Annual report on the mental hospital in the Central Provinces and Berar (Nagpur) - 1927-1951
Year: 1927
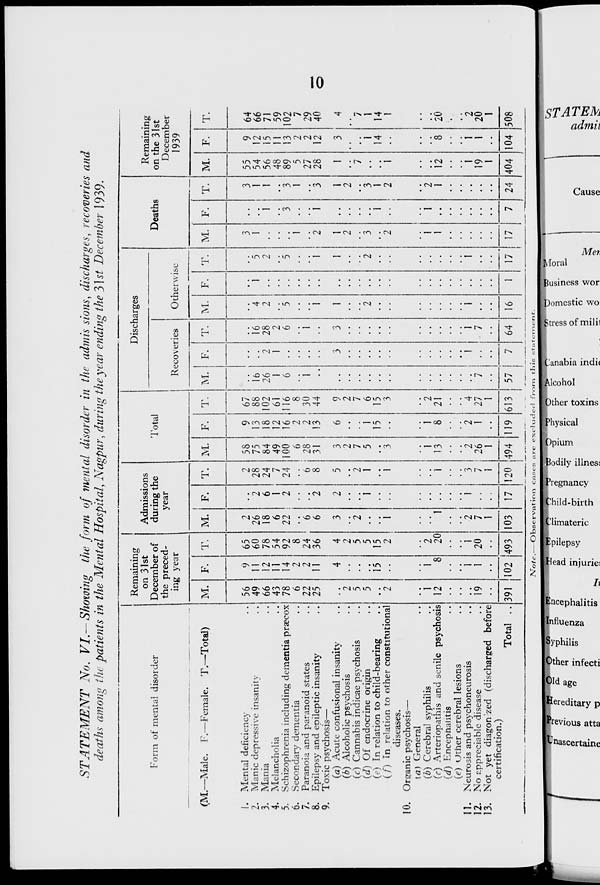
10
STATEMENT
No. VI.— Showing the form of mental disorder in the admissions, discharges, recoveries and
deaths among the patients in the Mental Hospital, Nagpur, during the year ending the 31st December 1939.
Form of mental disorder
(M.—Male. F.—Female. T.—Total)
1. Mental deficiency ..
2. Manic depressive insanity ..
3. Mania ..
4. Melancholia ..
5. Schizophrenia including dementia præcox
6. Secondary dementia ..
7. Paranoia and paranoid states ..
8. Epilepsy and epileptic insanity ..
9. Toxic psychosis—
(a) Acute confusional insanity ..
(b) Alcoholic psychosis ..
(c) Cannabis indicae psychosis ..
(d) Of endocrine origin ..
(e) In relation to child-bearing ..
( f) In relation to other constitutional ..
diseases.
10. Organic psychosis—
(a) General ..
(b) Cerebral syphilis ..
(c) Arteriopathis and senile psychosis
(d) Encephalitis ..
(e) Other cerebral lesions ..
11.Neurosis and psychoneurosis ..
12.No appreciable disease ..
13.Not yet diagonzed (discharged before
certification.)
Total ..
Remaining
on 31st
December of
the preced-
ing year
M.
56
49
66
43
78
6
22
25
..
2
5
5
..
2
..
1
12
..
..
..
19
..
391
F.
9
11
12
11
14
2
2
11
4
..
..
..
15
..
..
1
8
..
..
1
1
..
102
T.
65
60
78
54
92
8
24
36
4
2
5
5
15
2
..
2
20
..
..
1
20
..
493
Admissions
during the
year
M.
2
26
18
6
22
..
6
6
3
..
2
..
..
1
..
..
1
..
..
2
7
1
103
F.
..
2
6
1
2
..
..
2
2
..
..
1
..
..
..
..
..
..
..
1
..
..
17
T.
2
28
24
7
24
..
6
8
5
..
2
1
..
1
..
..
1
..
..
3
7
1
120
Total
M.
58
75
84
49
100
6
28
31
3
2
7
5
..
3
..
1
13
..
..
2
26
1
494
F.
9
13
18
12
16
2
2
13
6
..
..
1
15
..
..
1
8
..
..
2
1
..
119
T.
67
88
102
61
116
8
30
44
9
2
7
6
15
3
..
2
21
..
..
4
27
1
613
Discharges
Recoveries
M.
..
16
26
1
6
..
1
..
..
..
..
..
..
..
..
..
..
..
..
..
7
..
57
F.
..
..
2
1
..
..
. .
. .
3
..
..
..
..
..
..
..
..
..
..
1
..
..
7
T.
..
16
28
2
6
..
1
..
3
..
..
..
..
..
..
..
..
..
..
1
7
..
64
Otherwise
M.
..
4
2
..
5
..
..
1
1
..
..
2
..
..
..
..
..
..
..
1
..
..
16
F.
..
1
..
..
..
..
..
..
..
..
..
..
..
..
..
..
..
..
..
..
..
..
1
T.
..
5
2
..
5
..
..
1
1
..
..
2
..
..
..
..
..
..
..
1
..
..
17
Deaths
M.
3
1
..
..
..
1
..
2
1
2
..
3
..
2
..
1
1
..
..
..
..
..
17
F.
..
..
1
..
3
..
..
1
..
..
..
..
1
..
..
1
..
..
..
..
..
..
7
T.
3
1
1
..
3
1
..
3
1
2
..
3
1
2
..
2
1
..
..
..
..
..
24
Remaining
on the 31st
December
1939
M.
55
54
56
48
89
5
27
28
1
..
7
..
..
1
..
..
12
..
..
1
19
1
404
F.
9
12
15
11
13
2
2
12
3
..
..
1
14
..
..
..
8
..
..
1
1
..
104
T.
64
66
71
59
102
7
29
40
4
..
7
1
14
1
..
..
20
..
..
2
20
1
508
Note.– Observation cases are excluded from this statement.